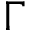
\Gamma